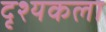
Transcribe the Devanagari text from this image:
दृश्‍यकला